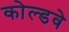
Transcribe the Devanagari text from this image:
कोल्डवे